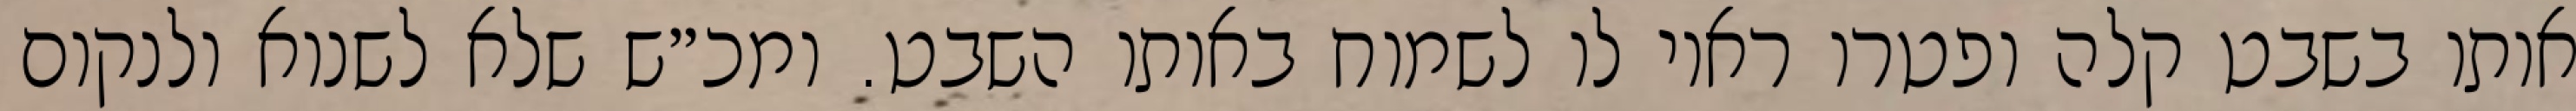
אותו בשבט קלה ופטרו ראוי לו לשמוח באותו השבט. ומכ״ש שלא לשנוא ולנקום